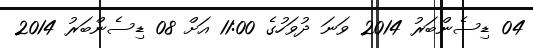
04 ޑިސެންބަރު 2014 ވަނަ ދުވަހުގެ 11:00 އަށް 08 ޑިސެންބަރު 2014